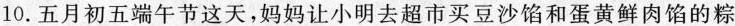
10.五月初五端午节这天，妈妈让小明去超市买豆沙馅和蛋黄鲜肉馅的粽